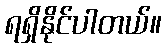
ရရှိနိုင်ပါတယ်။